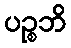
ပဉ္စဘိ